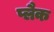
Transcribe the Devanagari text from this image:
प्लैक